Lunatic asylums Burma 1907-21 - 1907-1921
Year: 1907
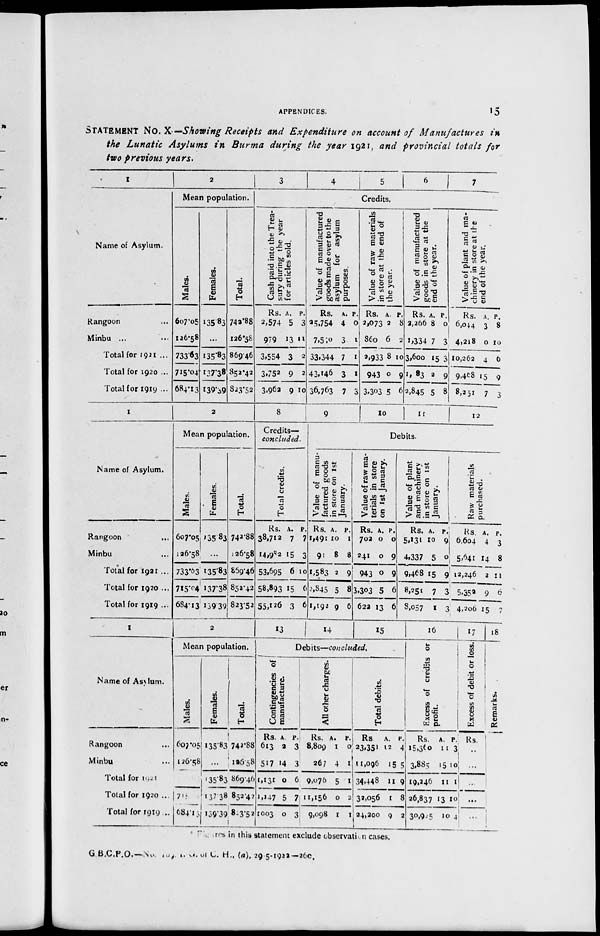
APPENDICES.
15
STATEMENT No. X—Showing Receipts and Expenditure on account of Manufactures in
the Lunatic Asylums in Burma during the year 1921, and provincial totals for
two previous years.
1
Name of Asylum.
Rangoon ...
Minbu ... ...
Total for 1921 ...
Total for 1920 ...
Total for 1919 ...
2
Mean population.
Males.
607.05
126.58
733.63
715.04
684.13
Females.
135.83
...
135.83
137.38
139.39
Total.
742.88
126.58
869.46
852.42
823.52
3
4
5
6
7
Credits.
Cash paid into the Trea-
sury during the year
for articles sold.
Rs.
2,574
979
3,554
3,752
3,962
A.
5
13
3
9
9
P.
3
11
2
2
10
Value of manufactured
goods made over to the
asylum for asylum
purposes.
Rs.
25,754
7,510
33,344
43,146
36,763
A.
4
3
7
3
7
P.
0
1
1
1
3
Value of raw materials
in store at the end of
the year.
Rs.
2,073
860
2,933
943
3,303
A.
2
6
8
0
5
P.
8
2
10
9
6
Value of manufactured
goods in store at the
end of the year.
Rs.
2,266
1,334
3,600
1, 83
2,845
A.
8
7
15
2
5
P.
0
3
3
9
8
Value of plant and ma-
chinery in store at the
end of the year.
Rs.
6,044
4,218
10,262
9,468
8,251
A.
3
0
4
15
7
P.
8
10
6
9
3
1
Name of Asylum.
Rangoon ...
Minbu ...
Total for 1921 ...
Total for 1920 ...
Total for 1919 ...
2
Mean population.
Males.
607.05
126.58
733.63
715.04
684.13
Females.
135.83
...
135.83
137.38
139.39
Total.
742.88
126.58
869.46
852.42
823.52
8
Credits—
concluded.
Total credits.
Rs.
38,712
14,982
53,695
58,893
55,126
A.
7
15
6
15
3
P.
7
3
10
6
6
9
10
11
12
Debits.
Value of manu-
factured goods
in store on 1st
January.
Rs.
1,491
91
1,583
2,845
1,192
A.
10
8
2
5
9
P.
1
8
9
8
6
Value of raw ma-
terials in store
on 1st January.
Rs.
702
241
943
3,303
622
A.
0
0
0
5
13
P.
0
9
9
6
6
Value of plant
and machinery
in store on 1st
January.
Rs.
5,131
4,337
9,468
8,251
8,057
A.
10
5
15
7
1
P.
9
0
9
3
3
Raw materials
purchased.
Rs.
6,604
5,641
12,246
5,352
4,206
A.
4
14
2
9
15
P.
3
8
11
6
7
1
Name of Asylum.
Rangoon ...
Minbu ...
Total for 1921 ...
Total for 1920 ...
Total for 1919 ...
2
Mean population.
Males.
607.05
126.58
...
76
684.13
Females.
135.83
...
135.83
137.38
139.39
Total.
742.88
126.58
869.46
852.42
823.52
13
14
15
Debits—concluded.
Contingencies of
manufacture.
Rs.
613
517
1,131
1,147
1003
A.
2
14
0
5
0
P.
3
3
6
7
3
All other charges.
Rs.
8,809
267
9,076
11,156
9,098
A.
1
4
5
0
1
P.
0
1
1
2
1
Total debits.
Rs.
23,351
11,096
34,448
32,056
24,200
A.
12
15
11
1
9
P.
4
5
9
8
2
16
Excess of credits or
profit.
Rs.
15,360
3,885
19,246
26,837
30,925
A.
11
15
11
13
10
P.
3
10
1
10
4
17
Excess of debit or loss.
Rs.
...
...
...
...
...
18
Remarks.
Figures in this statement exclude observation cases.
G B.C.P.O.—No. 109 . 1. G . of C. H., (a), 29-5-1922-260.